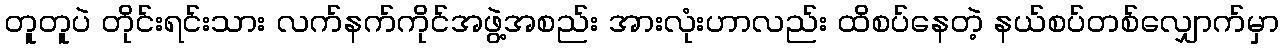
တူတူပဲ တိုင်းရင်းသား လက်နက်ကိုင်အဖွဲ့အစည်း အားလုံးဟာလည်း ထိစပ်နေတဲ့ နယ်စပ်တစ်လျှောက်မှာ